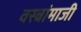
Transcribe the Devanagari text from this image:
वस्त्रांमाजी